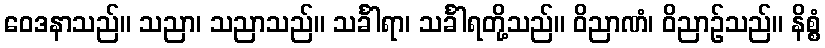
ဝေဒနာသည်။ သညာ၊ သညာသည်။ သင်္ခါရာ၊ သင်္ခါရတို့သည်။ ဝိညာဏံ၊ ဝိညာဉ်သည်။ နိစ္စံ